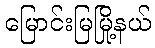
မြောင်းမြမြို့နယ်